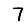
Digit: 7